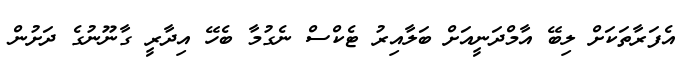
އެފަރާތަކަށް ލިބޭ އާމްދަނީއަށް ބަލާއިރު ޓެކްސް ނެގުމާ ބެހޭ އިދާރީ ގާނޫނުގެ ދަށުން